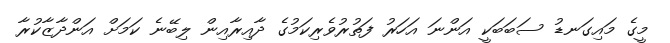
މީގެ މައިގަނޑު ސަބަބަކީ އަންނަ އަހަރު ފަތުރުވެރިކަމުގެ ދާއިރާއިން ލިބޭނެ ކަމަށް އަންދާޒާކުރާ